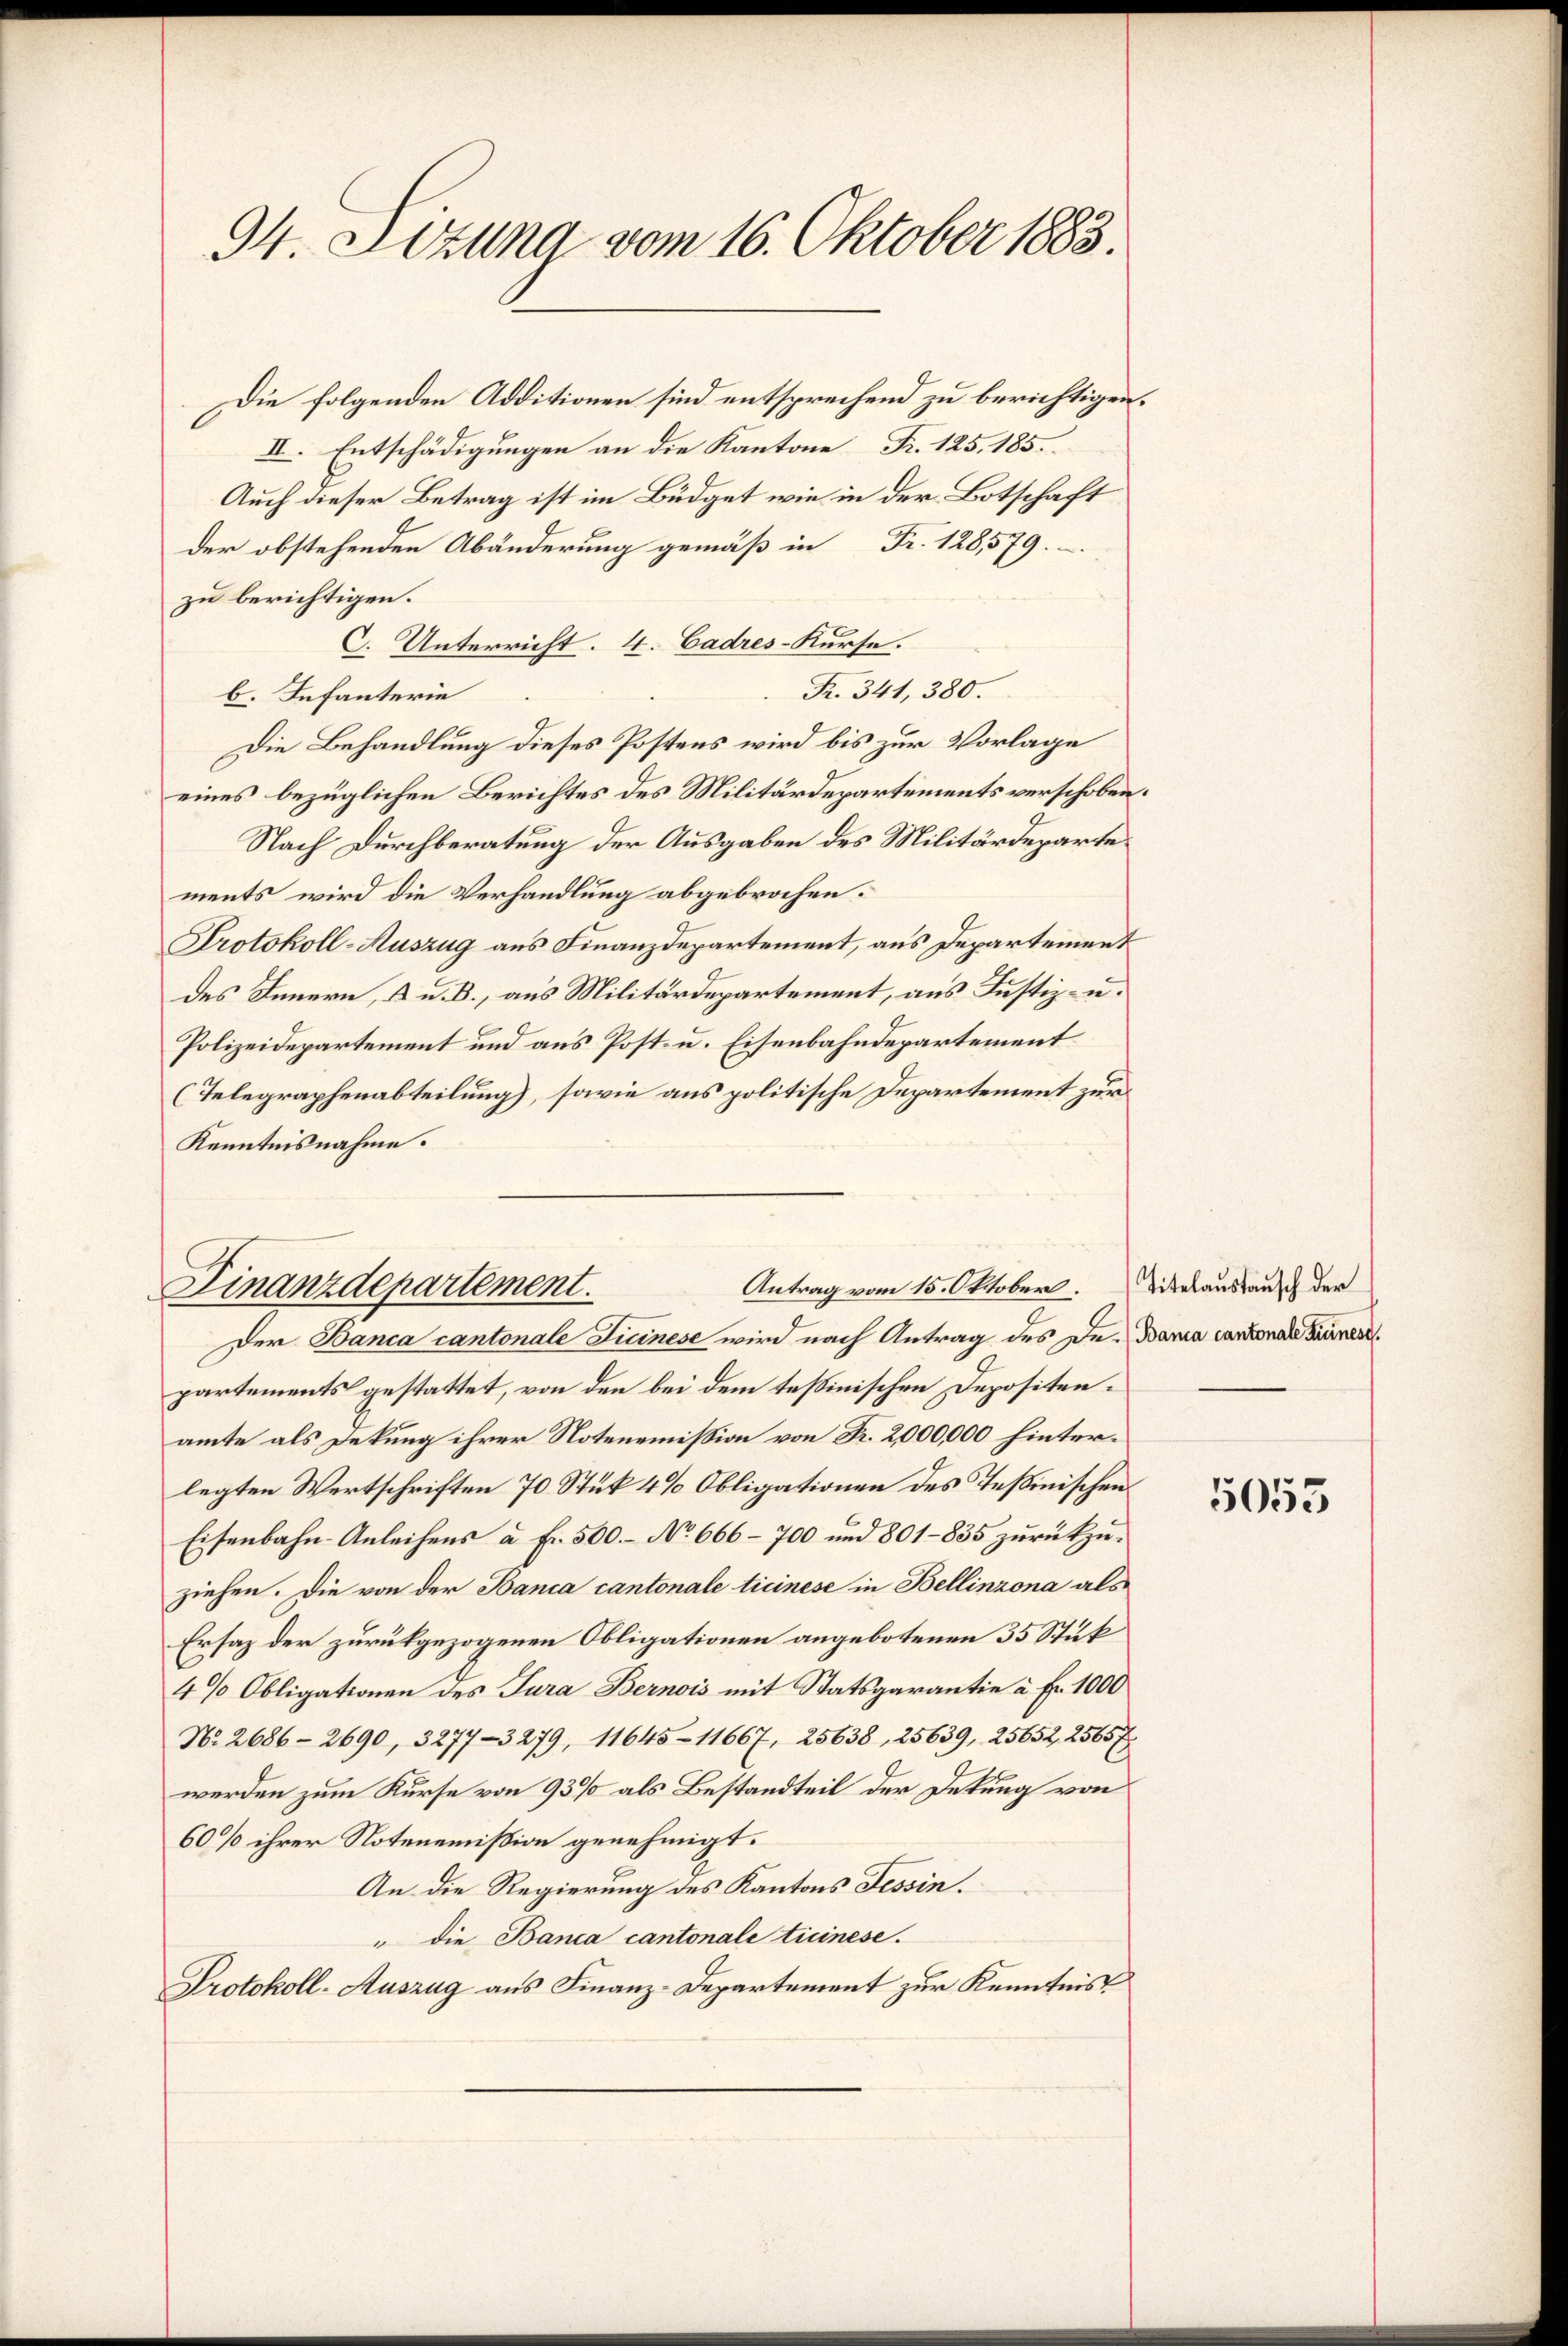
94. Sozung vom 16. Oktober 1883.

Die folgenden Additionen sind entsprechend zu berichtigen.
II. Entschädigungen an die Kantone Fr. 125. 185.
Auch dieser Betrag ist im Büdget wie in der Botschaft
Der obstehenden Abänderung gemäß in Fr. 128,579.
zu berichtigen.
C. Unterricht. 4. Cadres-Kurse.
R. 341, 380.
b. Infanterie
Die Behandlung dieses Postens wird bis zur Vorlage
eines bezüglichen Berichtes des Militärdepartements verschoben.
Nach Durchberatung der Ausgaben des Militärdeparte
ments wird die Verhandlung abgebrochen.
Protokoll-Auszug aus Finanzdepartement, aus Departement
des Innern, a u. B., aus Militärdepartement, aus Justiz- u.
Polizeidepartement und aus Post- u. Eisenbahndepartement
(Telegraphenabteilung), sowie aus politische Departement zur
Kenntnisnahme.

Antrag vom 15. Oktober.
Finanzdepartement.

Der Banca cantonale Ticinese wird nach Antrag des Dr. Bania cantonale Ber
partements gestattet, von den bei dem testinischen Depositenamte als Dekung ihrer Notenemission von Fr. 2,000,000 hinterlegten Wertschriften 70 Stük 4% Obligationen des Teßinischen
Eisenbahn-Anleihens à Fr. 500. – No 666-700 und 801-835 zurückzuziehen. Die von der Banca cantonale ticinese in Bellinzona als
Ersatz der zurückgezogenen Obligationen angebotenen 35 Stük
4% Obligationen des Jura Bernois mit Statsgarantie à Fr. 1000
No. 2686 - 2690, 3277-3279, 11645 - 11667, 25638, 25639, 25652, 2565 f
werden zum Kurse von 93% als Bestandteil der Detung von
60% ihrer Notenemission genehmigt.
An die Regierung des Kantons Tessin.
" die Banca cantonale Ticinese.
Protokoll-Auszug aus Finanz-Departement zur Kenntnis

Titelaustausch der

5053